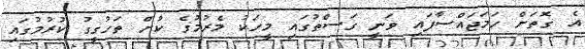
އެ ގޮތަށް ހަމަޖައްސާފައި ވަނީ ގަސްތުގައި މީހަކު މެރުމުގެ ކުށް ތަހުގީގު ކުރުމުގައި